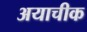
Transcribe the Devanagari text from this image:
अयाचीक